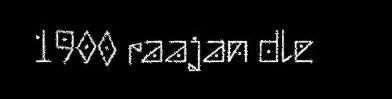
1900 raajan dle